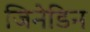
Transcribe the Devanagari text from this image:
जिनेडिन